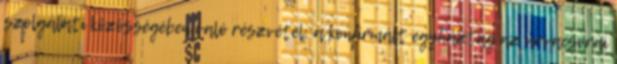
szolgálati közösségében való részvétel; a konfirmált egyháztag az úrvacsorai